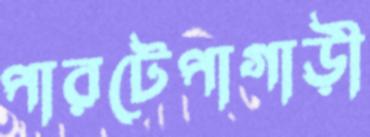
পারটেপাগাড়ী